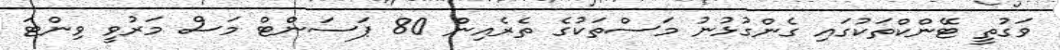
ވަގުތީ ޓޭންކްތަކުގައި ގެންގުޅުނު މަސްތަކުގެ ތެރެއިން 80 ޕަަސަންޓް މަސް މަރުވީ ވިންޓަ